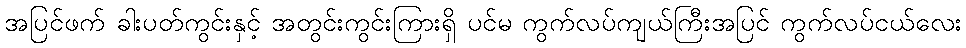
အပြင်ဖက် ခါးပတ်ကွင်းနှင့် အတွင်းကွင်းကြားရှိ ပင်မ ကွက်လပ်ကျယ်ကြီးအပြင် ကွက်လပ်ငယ်လေး